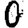
Digit: 0